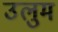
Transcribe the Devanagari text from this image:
उलुम